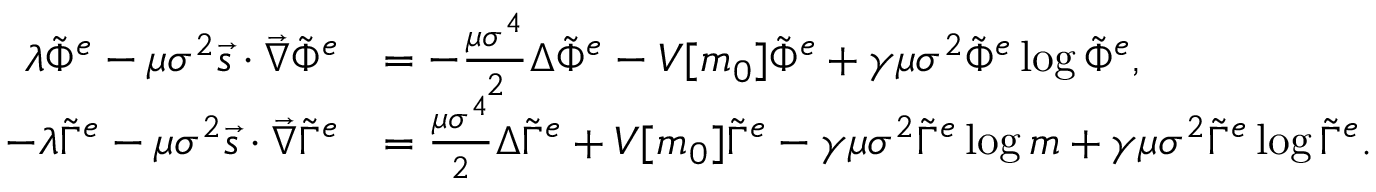
\begin{array} { r l } { \lambda \tilde { \Phi } ^ { e } - \mu \sigma ^ { 2 } \vec { s } \cdot \vec { \nabla } \tilde { \Phi } ^ { e } } & { = - \frac { \mu \sigma ^ { 4 } } { 2 } \Delta \tilde { \Phi } ^ { e } - V [ m _ { 0 } ] \tilde { \Phi } ^ { e } + \gamma \mu \sigma ^ { 2 } \tilde { \Phi } ^ { e } \log { \tilde { \Phi } ^ { e } } , } \\ { - \lambda \tilde { \Gamma } ^ { e } - \mu \sigma ^ { 2 } \vec { s } \cdot \vec { \nabla } \tilde { \Gamma } ^ { e } } & { = \frac { \mu \sigma ^ { 4 } } { 2 } \Delta \tilde { \Gamma } ^ { e } + V [ m _ { 0 } ] \tilde { \Gamma } ^ { e } - \gamma \mu \sigma ^ { 2 } \tilde { \Gamma } ^ { e } \log { m } + \gamma \mu \sigma ^ { 2 } \tilde { \Gamma } ^ { e } \log { \tilde { \Gamma } ^ { e } } . } \end{array}